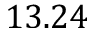
1 3 . 2 4